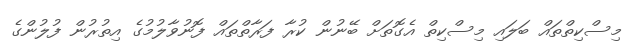
މިސްކިތްތައް ބަލައި މިސްކިތް އެގޮތަށް ބޭނުން ކުރާ ފަރާތްތައް ފޮނުވާލުމުގެ އިތުރުން ފުލުުންގެ